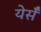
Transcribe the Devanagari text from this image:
येर्सँ